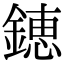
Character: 𨫍